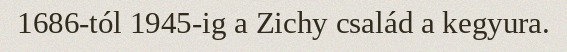
1686-tól 1945-ig a Zichy család a kegyura.